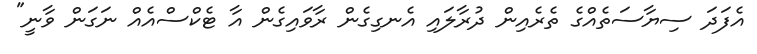
އެފަދަ ސިޔާސަތެއްގެ ތެރެއިން ދުރާލައި އެނގިގެން ރާވައިގެން އާ ޓެކްސްއެއް ނަގަން ވާނީ"